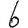
Digit: 6